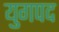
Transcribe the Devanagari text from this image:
युगपद